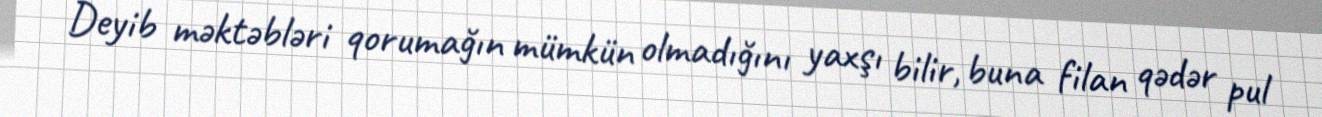
Deyib məktəbləri qorumağın mümkün olmadığını yaxşı bilir, buna filan qədər pul